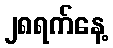
၂၈ရက်နေ့